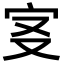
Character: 𡧕